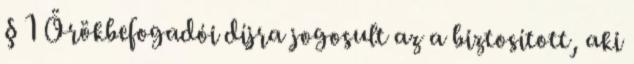
§ 1 Örökbefogadói díjra jogosult az a biztosított, aki